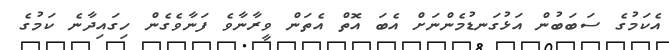
އެކަމުގެ ސަބަބުން އަޅުގަނޑުމެންނަށް އެބަ އޮތް އެތަން ވީރާނާވެ ފަނާވެގެން ހިގައިދާނެ ކަމުގެ